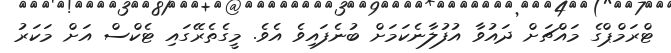
ޓްރަމްޕްގެ މައްޗަށް ދައުވާ އުފުލާނެކަމަށް ބުނެފައިވެ އެވެ. މީގެތެރޭގައި ޓެކްސް އަށް މަކަރު